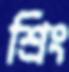
শ্রিং